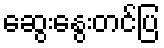
ဆွေးနွေးတင်ပြ